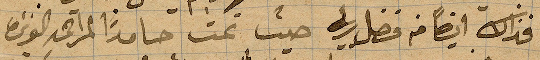
فذاك ايضًأ من فضل ربي حيث نمت حامدًا ...